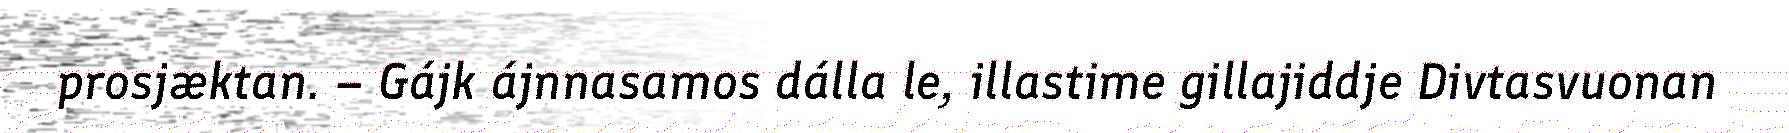
prosjæktan. – Gájk ájnnasamos dálla le, illastime gillajiddje Divtasvuonan